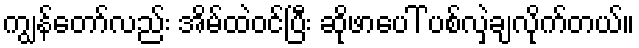
ကျွန်တော်လည်း အိမ်ထဲဝင်ပြီး ဆိုဖာပေါ် ပစ်လှဲချလိုက်တယ်။